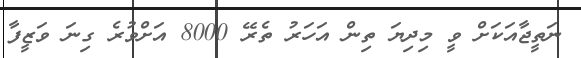
ނަތީޖާއަކަށް ވީ މިދިޔަ ތިން އަހަރު ތެރޭ 8000 އަށްވުރެ ގިނަ ވަޒީފާ